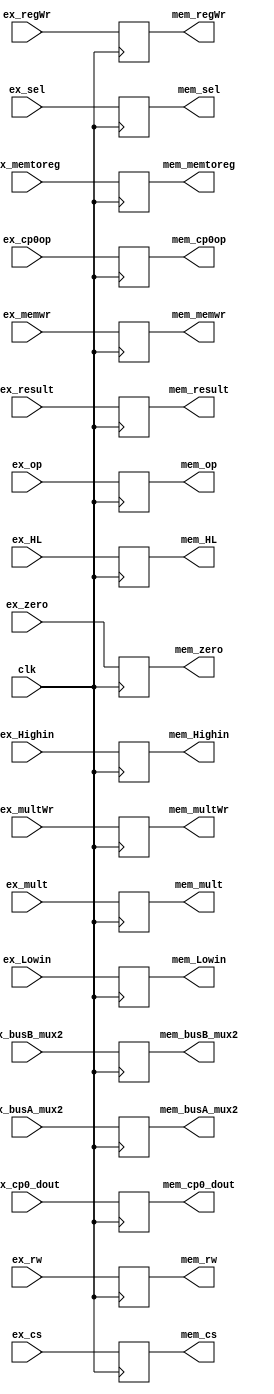
module ex_mem(clk,ex_zero,ex_HL,ex_result,ex_mult,ex_busA_mux2,ex_busB_mux2,ex_rw,ex_regWr,ex_multWr,ex_memwr,ex_memtoreg,ex_op,ex_Lowin,ex_Highin,ex_cp0op,ex_cs,ex_sel,ex_cp0_dout,
	mem_zero,mem_HL,mem_result,mem_mult,mem_busA_mux2,mem_busB_mux2,mem_rw,mem_regWr,mem_multWr,mem_memwr,mem_memtoreg,mem_op,mem_Lowin,mem_Highin,mem_cp0op,mem_cs,mem_sel,mem_cp0_dout);

input wire clk;
input wire ex_zero;
input wire[31:0] ex_result,ex_HL,ex_busA_mux2,ex_cp0_dout,ex_busB_mux2;
input wire[63:0] ex_mult;
input wire[4:0] ex_rw,ex_cs;
input wire ex_regWr,ex_memwr,ex_multWr,ex_Lowin,ex_Highin;
input wire[1:0] ex_memtoreg;
input wire[5:0] ex_op;
input wire[2:0] ex_cp0op,ex_sel;

output reg mem_zero;
output reg[31:0] mem_result,mem_HL,mem_busA_mux2,mem_cp0_dout,mem_busB_mux2;
output reg[63:0] mem_mult;
output reg[4:0] mem_rw,mem_cs;
output reg mem_regWr,mem_memwr,mem_multWr,mem_Lowin,mem_Highin;
output reg[1:0] mem_memtoreg;
output reg[5:0] mem_op;
output reg[2:0] mem_cp0op,mem_sel;


initial begin
	mem_zero = 0;
	mem_result = 32'd0;
	mem_HL = 32'd0;
	mem_rw = 5'd0;
	mem_regWr = 0;
	mem_multWr = 0;
	mem_memwr = 0;
	mem_memtoreg = 2'd0;
	mem_op = 6'd0;
	mem_busA_mux2 = 32'd0;
	mem_Lowin = 0;
	mem_Highin = 0;
	mem_cp0op = 3'd0;
	mem_sel = 3'd0;
	mem_cs = 5'd0;
	mem_mult = 32'd0;
	mem_cp0_dout = 32'd0;
	mem_busB_mux2 = 32'd0;
end

always@(posedge clk)
begin
	mem_HL = ex_HL;
	mem_result = ex_result;
	mem_mult = ex_mult;
	mem_zero = ex_zero;
	mem_rw = ex_rw;
	mem_regWr = ex_regWr;
	mem_multWr = ex_multWr;
	mem_memwr = ex_memwr;
	mem_memtoreg = ex_memtoreg;
	mem_op = ex_op;
	mem_busA_mux2 = ex_busA_mux2;
	mem_Lowin = ex_Lowin;
	mem_Highin = ex_Highin;
	mem_cp0op = ex_cp0op;
	mem_sel = ex_sel;
	mem_cs = ex_cs;
	mem_cp0_dout = ex_cp0_dout;
	mem_busB_mux2 = ex_busB_mux2;
end

endmodule